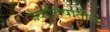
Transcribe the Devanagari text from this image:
ज्योतिषातील